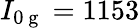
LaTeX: I_{0\mathrm{~g~}}=1153